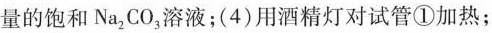
量的饱和Na_{2} CO_{3} 溶液；(4)用酒精灯对试管①加热；